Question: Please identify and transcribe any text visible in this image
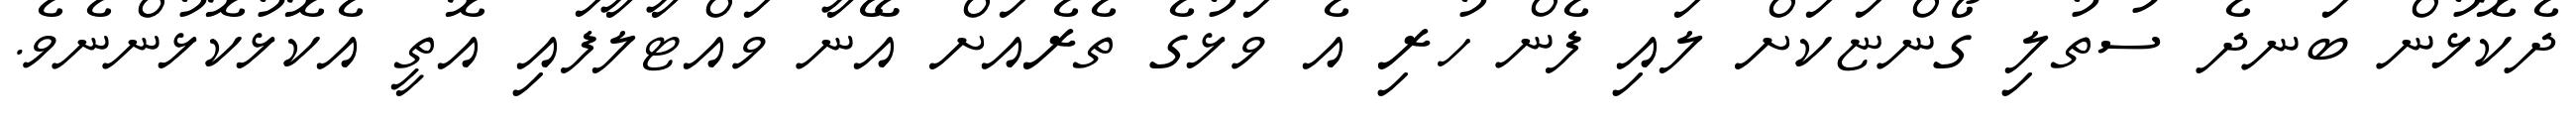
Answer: ދެކޮޅުން ބަނދެ ސުތުލި ގޯންޏަކަށް ލައި ފެން ހުރި އެ ވަޅުގެ ތެރެއަށް އޭނާ ވައްޓާލާފައި އޮތީ އެކޮޅުކޮޅުންނެވެ.